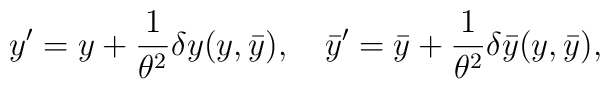
y'=y+{1\over\theta^2} \delta y(y,\bar{y}),\quad \bar{y}'=\bar{y}+{1\over\theta^2} \delta \bar{y}(y,\bar{y}),